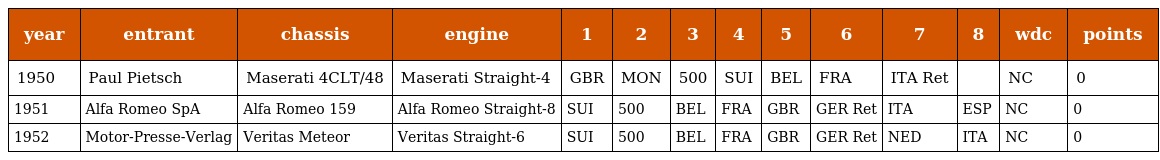
| year | entrant | chassis | engine | 1 | 2 | 3 | 4 | 5 | 6 | 7 | 8 | wdc | points |
 | --- | --- | --- | --- | --- | --- | --- | --- | --- | --- | --- | --- | --- | --- |
 | 1950 | Paul Pietsch | Maserati 4CLT/48 | Maserati Straight-4 | GBR | MON | 500 | SUI | BEL | FRA | ITA Ret |  | NC | 0 |
 | 1951 | Alfa Romeo SpA | Alfa Romeo 159 | Alfa Romeo Straight-8 | SUI | 500 | BEL | FRA | GBR | GER Ret | ITA | ESP | NC | 0 |
 | 1952 | Motor-Presse-Verlag | Veritas Meteor | Veritas Straight-6 | SUI | 500 | BEL | FRA | GBR | GER Ret | NED | ITA | NC | 0 |